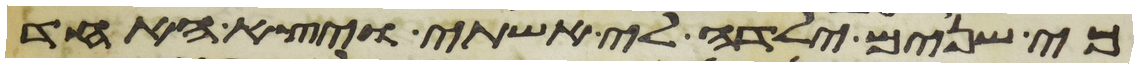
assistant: כי שנים ילדה לי אשתי ויצא האחד